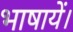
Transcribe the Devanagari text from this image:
भाषायें।